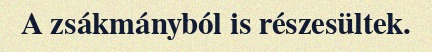
A zsákmányból is részesültek.